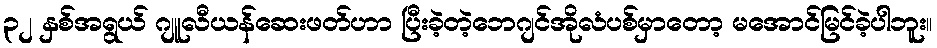
၃၂ နှစ်အရွယ် ဂျူလီယန်ဆေးဖတ်ဟာ ပြီးခဲ့တဲ့ဘေဂျင်အိုလံပစ်မှာတော့ မအောင်မြင်ခဲ့ပါဘူး။